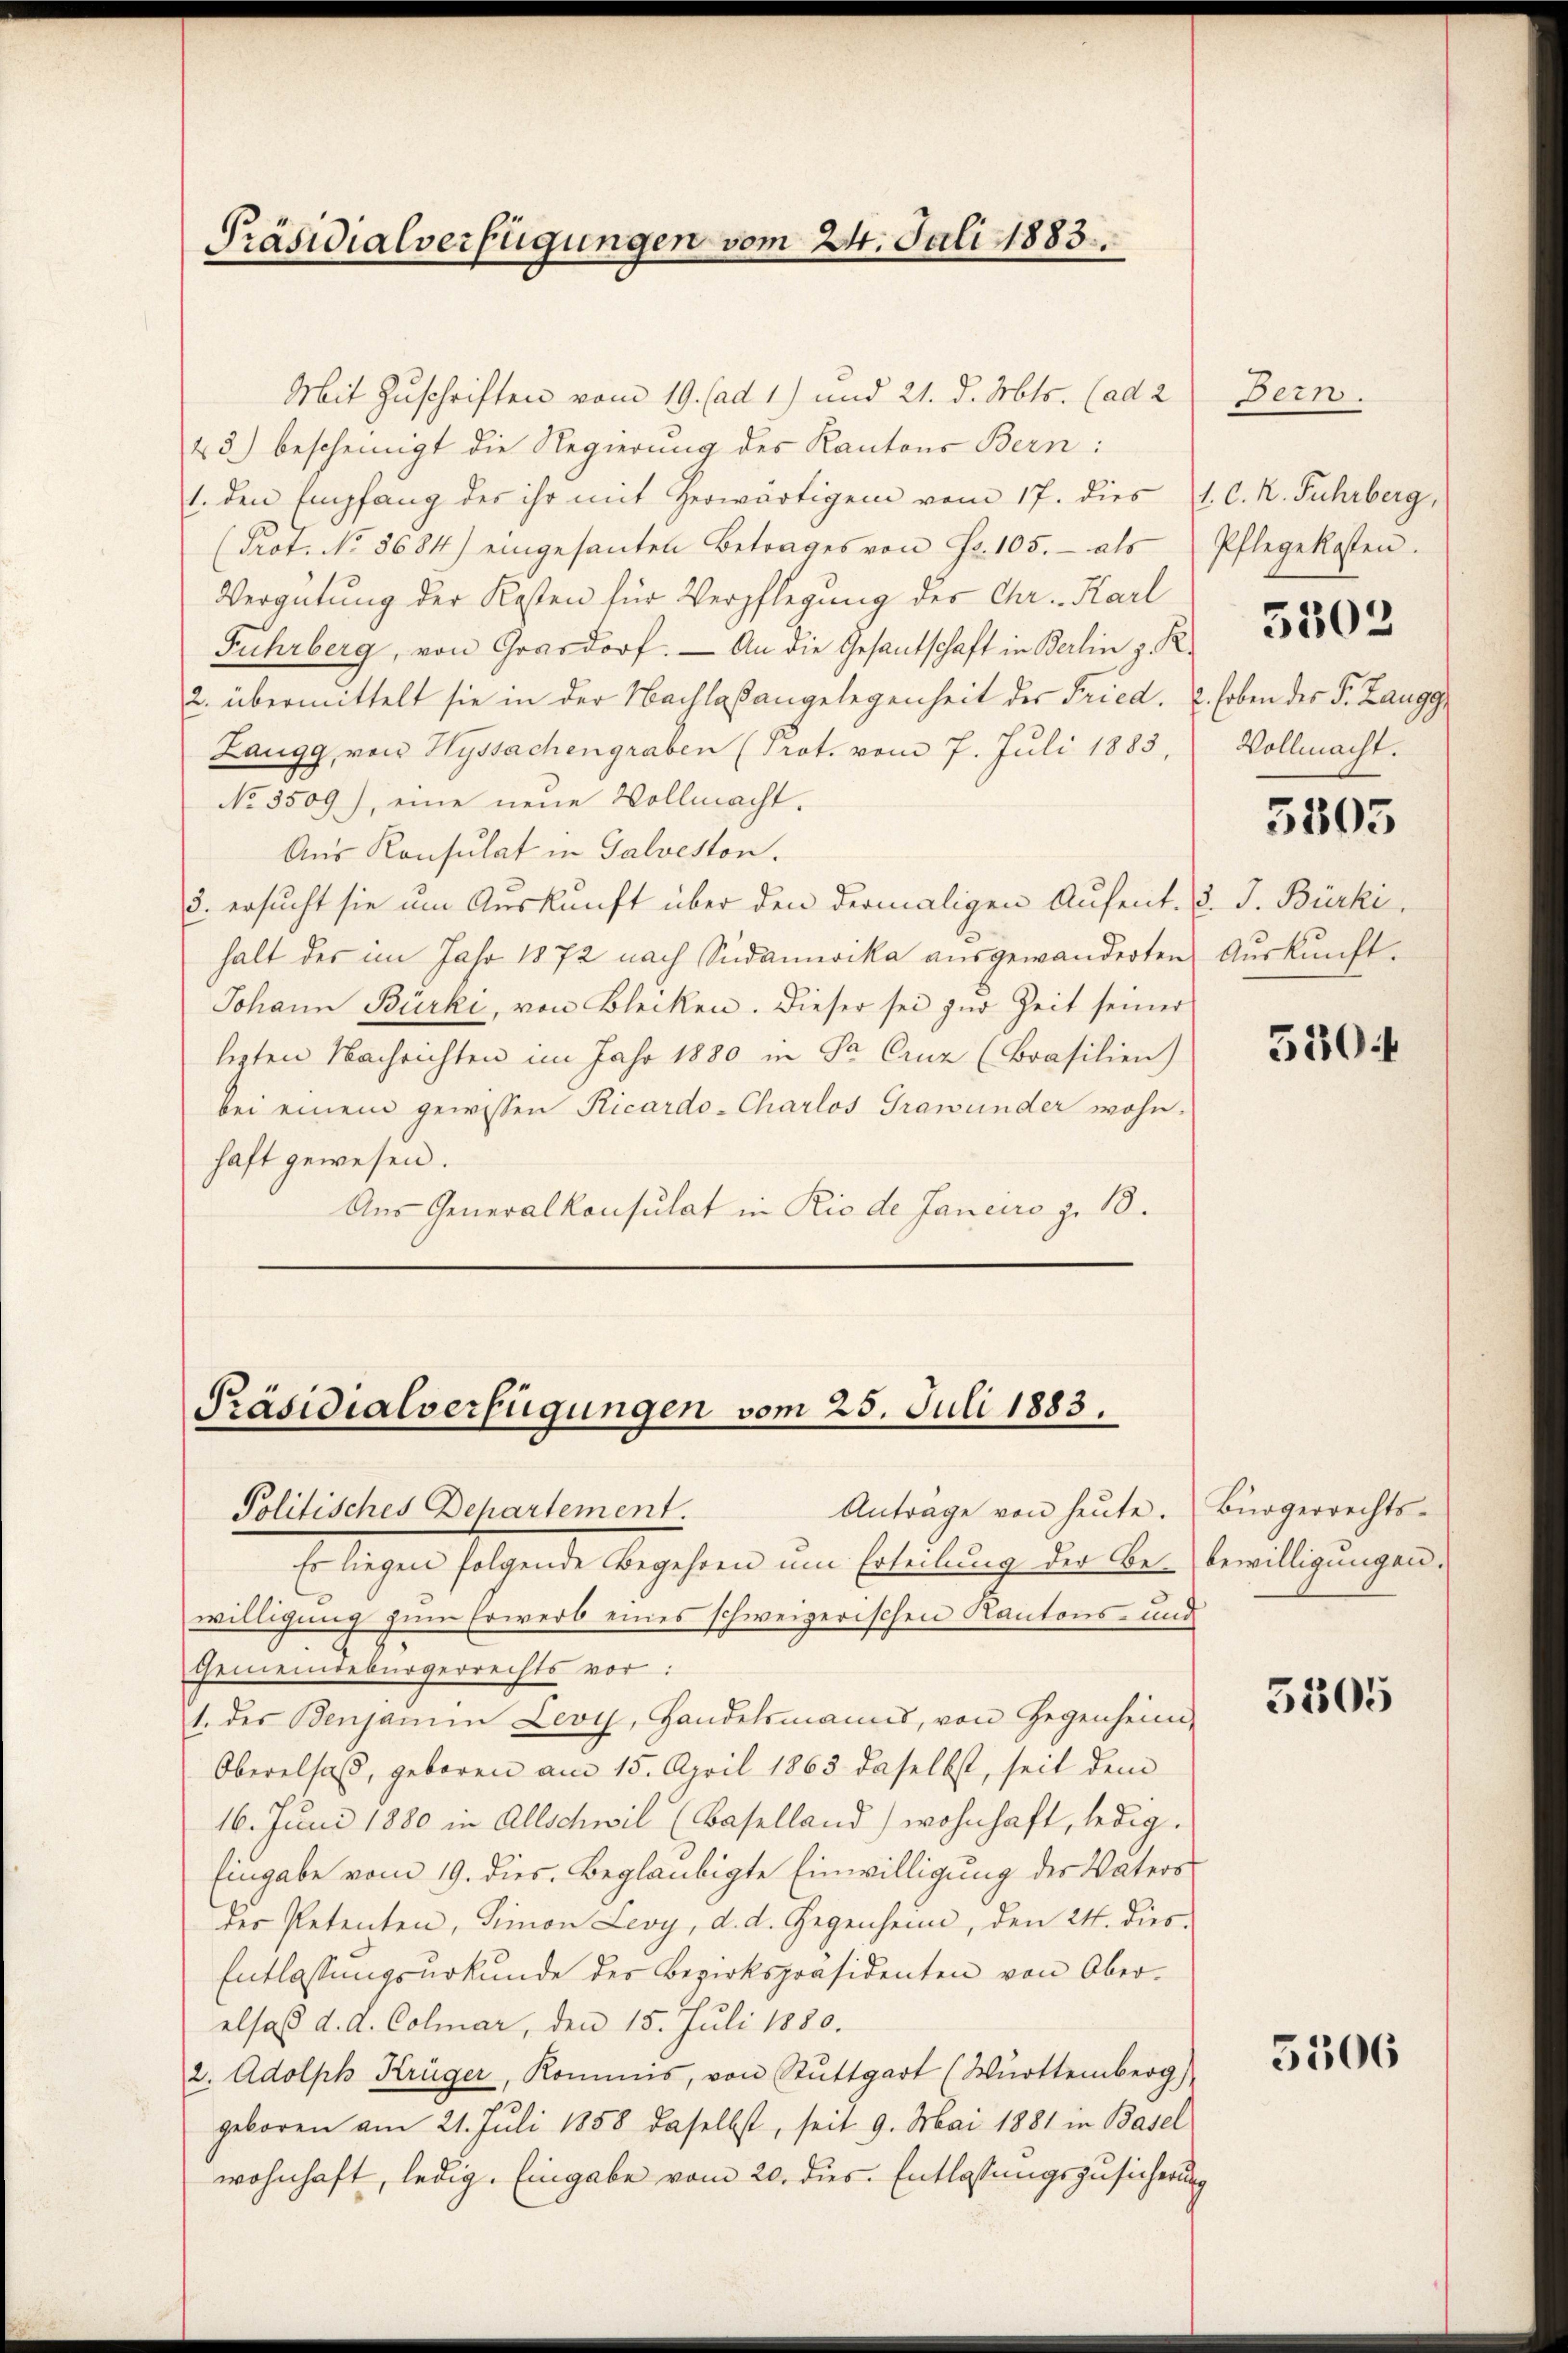
Präsidialverfügungen vom 24. Juli 1883.

Mit Zuschriften vom 19. (ad 1) und 21. d. Mts. (ad 2
43) bescheinigt die Regierung des Kantons Bern:
1. den Empfang des ihr mit herwärtigen vom 17. dies l. C. R. Fuhrberg,
(Prot. No 8684) eingesanten Betrages von Fr. 105. - als
Vergütung der Kosten für Verpflegung der Chr. Karl
Fuhrberg, von Grasdorf. — An die Gesantschaft in Berlin z. R.
2. übermittelt sie in der Nachlaßangelegenheit der Fried. 2. Erben des P. Zaugg,
Laugg, von Hyssachengraben (Prot. vom 7. Juli 1883,
No 3509), eine neue Vollmacht.
Aus Konsulat in Galveston.
3. ersucht sie um Auskunft über den dermaligen Aufent. d. J. Bürki,
halt des im Jahr 1872 nach Südamerika ausgewanderten
Johann Bürki, von Bleiken. Dieser sei zŭr Zeit seiner
ligten Nachrichten im Jahr 1880 in Sa Cruz (Brasilien)
bei einem gewissen Ricardo-Charlos Grawunder wohnhaft gewesen.
Aus Generalkonsulat in Rio de Janeiro z. 10.

Präsidialverfügungen vom 25. Juli 1883.
Anträge von heŭte. Bürgerrechts-
Politisches Departement

Er liegen folgende Begehren um Erteilung der Bez. bewilligungen.
willigung zum Erwerb eines schweizerischen Kantons- und
Gemeindebürgerrechts vor:
1. des Benjamin Levy, Handelsmanns, von Gegenheim-
Oberelsaß, geboren am 15. April 1863 daselbst, seit dem
16. Juni 1880 in Allschwil (Baselland) wohnhaft, ledig.
Eingabe vom 19. dies. Beglaubigte Einwilligung des Vaters
der Petenten, Simon Levy, d. d. Gegenheim, den 24. dies¬
Entlassungsurkunde des Bezirkspräsidenten von Ober-
elsal d. A. Colmar, den 15. Juli 1880.
2. Adolph Krüger, Kommis, von Stuttgart (Württemberg)
geboren am 21. Juli 1858 daselbst, seit 9. Mai 1881 in Basel
wohnhaft, ledig. Eingabe vom 20. dies. Entlassungszusicherung

Bern.

Pflegekosten.

Vollmacht.

5502

5305

Auskunft.

530

5505

5306